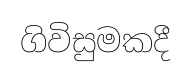
ගිවිසුමකදී